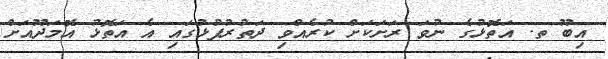
އިބޫ ތ. އަތޮޅުގެ ނުވަ ރަށަކަށް ކުރެއްވި ދަތުރުފުޅުގައި އެ އަތޮޅު އޮމަދޫއަށް